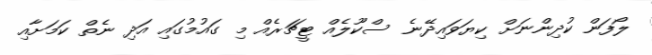
ލޯފަން ކުދިންނަށް ކިޔަވައިދޭނެ ސްކޫލެއް ޓީޗަރެއް މި ގައުމުގައި އަދި ނެތް ކަމަށާއި